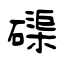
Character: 磲